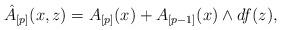
LaTeX: \begin{align*}\hat A_{[p]}(x,z)= A_{[p]}(x) + A_{[p-1]}(x) \wedge df(z),\end{align*}